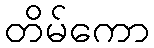
တိမ်ကော